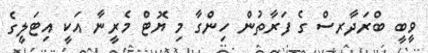
ވީބީ ބްރަދާރސް ގެ ފަރާތުން ހިންގާ މި ޔޮޓް މެރީނާ އަކީ އިޓަލީގެ